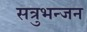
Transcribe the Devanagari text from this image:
सत्रुभन्जन